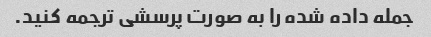
جمله داده شده را به صورت پرسشی ترجمه کنید.